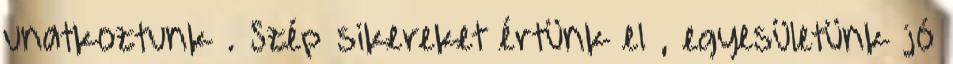
unatkoztunk . Szép sikereket értünk el , egyesületünk jó